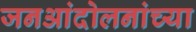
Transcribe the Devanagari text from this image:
जनआंदोलनांच्या